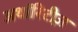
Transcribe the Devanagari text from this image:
अथॉरिटीज़